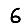
Digit: 6